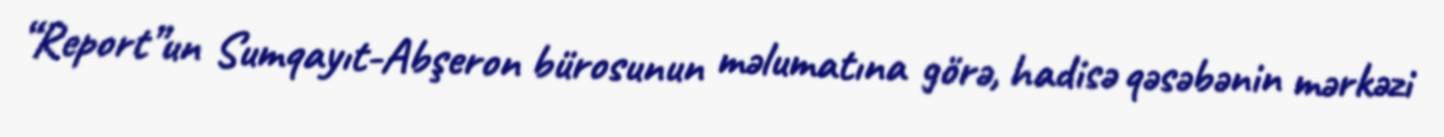
“Report”un Sumqayıt-Abşeron bürosunun məlumatına görə, hadisə qəsəbənin mərkəzi